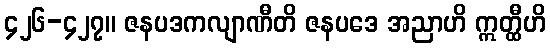
၄၂၆-၄၂၇။ ဇနပဒကလျာဏီတိ ဇနပဒေ အညာဟိ ဣတ္ထီဟိ